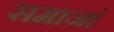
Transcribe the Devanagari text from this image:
समाजां